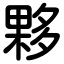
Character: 夥